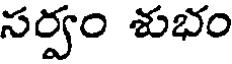
సర్వం శుభం